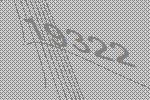
19322